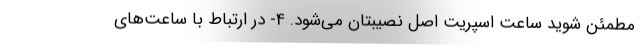
مطمئن شوید ساعت اسپریت اصل نصیبتان می‌شود. 4- در ارتباط با ساعت‌های